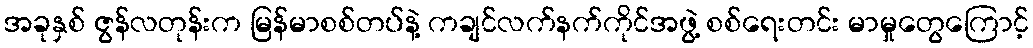
အခုနှစ် ဇွန်လတုန်းက မြန်မာစစ်တပ်နဲ့ ကချင်လက်နက်ကိုင်အဖွဲ့ စစ်ရေးတင်း မာမှုတွေကြောင့်